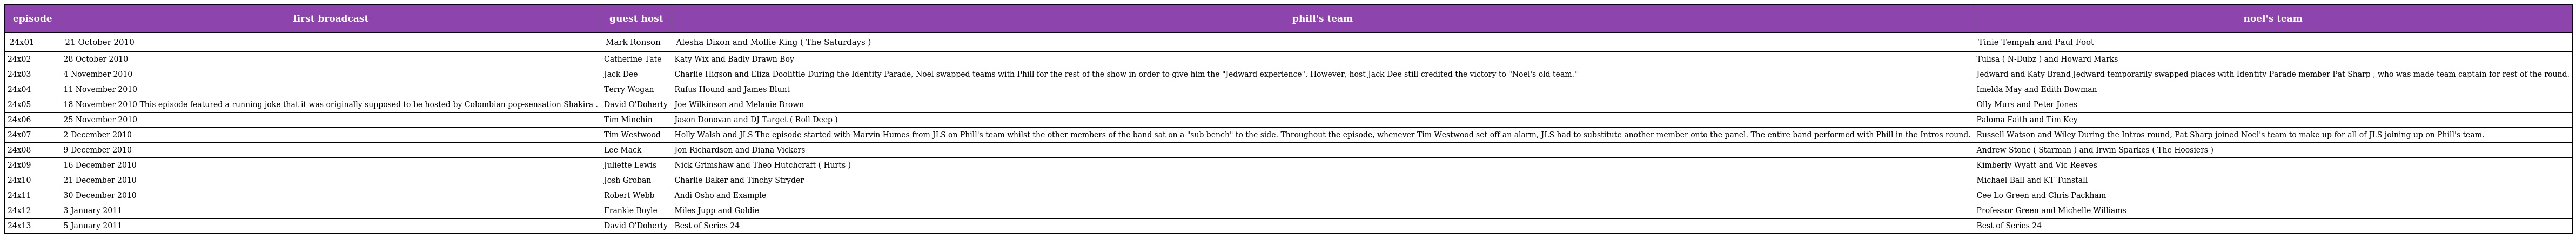
| episode | first broadcast | guest host | phill's team | noel's team |
 | --- | --- | --- | --- | --- |
 | 24x01 | 21 October 2010 | Mark Ronson | Alesha Dixon and Mollie King ( The Saturdays ) | Tinie Tempah and Paul Foot |
 | 24x02 | 28 October 2010 | Catherine Tate | Katy Wix and Badly Drawn Boy | Tulisa ( N-Dubz ) and Howard Marks |
 | 24x03 | 4 November 2010 | Jack Dee | Charlie Higson and Eliza Doolittle During the Identity Parade, Noel swapped teams with Phill for the rest of the show in order to give him the "Jedward experience". However, host Jack Dee still credited the victory to "Noel's old team." | Jedward and Katy Brand Jedward temporarily swapped places with Identity Parade member Pat Sharp , who was made team captain for rest of the round. |
 | 24x04 | 11 November 2010 | Terry Wogan | Rufus Hound and James Blunt | Imelda May and Edith Bowman |
 | 24x05 | 18 November 2010 This episode featured a running joke that it was originally supposed to be hosted by Colombian pop-sensation Shakira . | David O'Doherty | Joe Wilkinson and Melanie Brown | Olly Murs and Peter Jones |
 | 24x06 | 25 November 2010 | Tim Minchin | Jason Donovan and DJ Target ( Roll Deep ) | Paloma Faith and Tim Key |
 | 24x07 | 2 December 2010 | Tim Westwood | Holly Walsh and JLS The episode started with Marvin Humes from JLS on Phill's team whilst the other members of the band sat on a "sub bench" to the side. Throughout the episode, whenever Tim Westwood set off an alarm, JLS had to substitute another member onto the panel. The entire band performed with Phill in the Intros round. | Russell Watson and Wiley During the Intros round, Pat Sharp joined Noel's team to make up for all of JLS joining up on Phill's team. |
 | 24x08 | 9 December 2010 | Lee Mack | Jon Richardson and Diana Vickers | Andrew Stone ( Starman ) and Irwin Sparkes ( The Hoosiers ) |
 | 24x09 | 16 December 2010 | Juliette Lewis | Nick Grimshaw and Theo Hutchcraft ( Hurts ) | Kimberly Wyatt and Vic Reeves |
 | 24x10 | 21 December 2010 | Josh Groban | Charlie Baker and Tinchy Stryder | Michael Ball and KT Tunstall |
 | 24x11 | 30 December 2010 | Robert Webb | Andi Osho and Example | Cee Lo Green and Chris Packham |
 | 24x12 | 3 January 2011 | Frankie Boyle | Miles Jupp and Goldie | Professor Green and Michelle Williams |
 | 24x13 | 5 January 2011 | David O'Doherty | Best of Series 24 | Best of Series 24 |